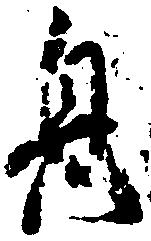
息